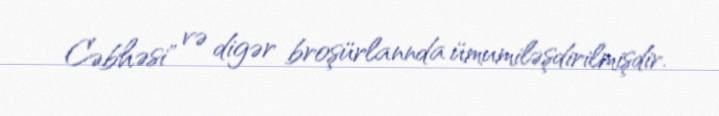
Cəbhəsi" və digər broşürlannda ümumiləşdirilmişdir.